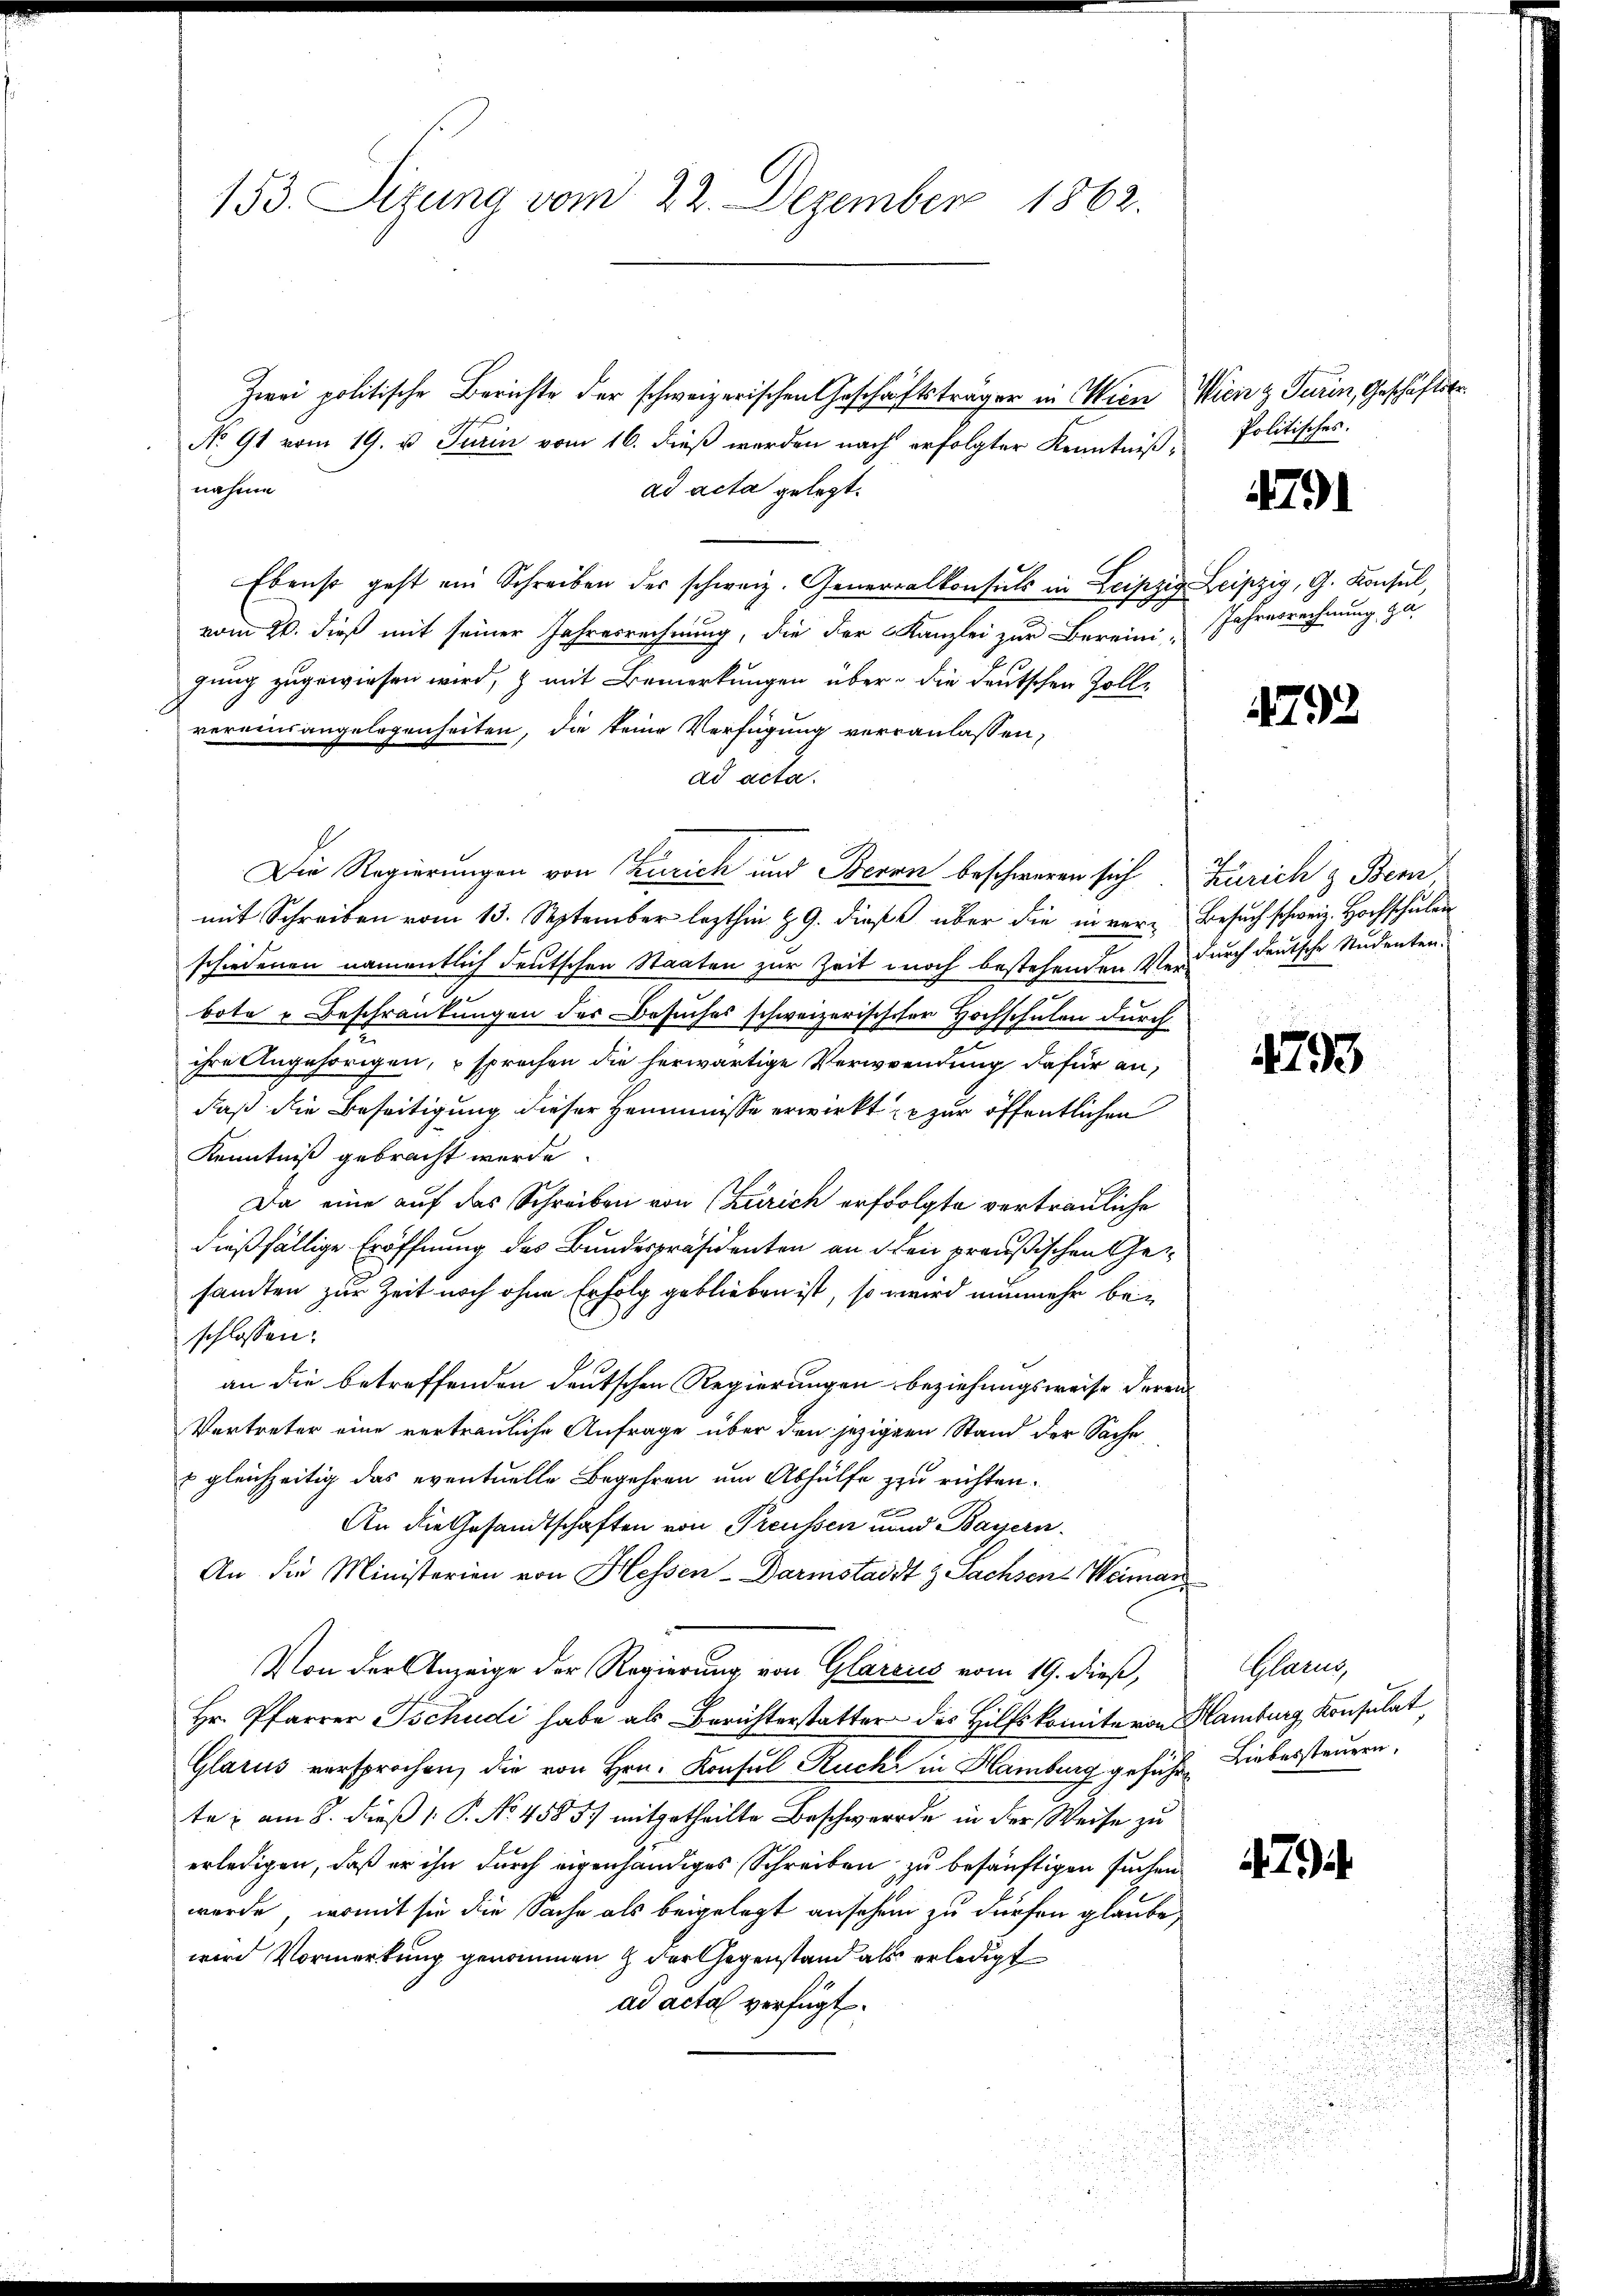
Zwei politische Berichte der schweizerischen Geschäftsträger in Wien Wien & Turin, Geschäftstr
No 91 vom 19. ds. Turin vom 16. dieß werden nach erfolgter Kenntnißnahme
ad acta gelegt.
Ebenst geht ein Schreiben der schweiz. Generalkonsuls in Leipzig Leipzig, G. Konsul,
vom 20. dieß mit seiner Jahresrechnung, die der Kanzlei zur Bereini-
gung zugewiesen wird, & mit Bemerkungen über die deutschen Zolle
vereinsangelegenheiten, die keine Verfügung verranlassen,
ad acta.
Die Regierungen von Zürich und Bern beschweren sich Zürich z Bern,
mit Schreiben vom 13. September lezthin 19. dieß über die inver-Besuch schweiz. Hochschulen
schiedenen namentlich deutschen Staaten zur Zeit noch bestehenden Verdurch deutsche Studenten.
bote u Beschränkungen der Besuches schweizerischter Hochschulen durch
ihre Angehörigen, u sprechen die herwärtige Verwendung dafür an,
daß die Beseitigung dieser Hemmnisse erwirkt zur öffentlichen
Kenntniß gebracht werde
Da eine auf das Schreiben von (Zürich erfolgte vertrauliche
dießfällige Eröffnung des Bundespräsidenten an den preußischen Gesandten zur Zeit noch ohne Erfolg geblieben ist, so wird nunmehr beschlossen:
an die betreffenden deutschen Regierungen beziehungsweise deren
Vertreter eine vertrauliche Anfrage über den jezigern Stand der Sache
& gleichzeitig das eventuelle Begehren um Abhülfe zu richten.
An die Gesandtschaften von Preußen und Bayern.
An die Ministerien von Hessen-Darmstadt & Sachsen-Weiman
Von der Anzeige der Regierung von Glarus vom 19. dieß,
Hr. Pfarrer Tschudi habe als Berichterstatter des Hilfskomiteron Hamburg Konsulat,
Glarus versprochen, die von Hrn. Konsul Rucke in Hamburg geführe Liebersteuern,
te; am 8. dieß P. No. 4585. mitgetheilte Beschwerde in der Weise zu
erledigen, daß er ihn durch eigenhändiges Schreiben zu besänftigen suchen
werde, womit sie die Sache als beigelegt ansehen zu dürfen glaube,
wird Vormerkung genommen & der Gegenstand als erledigt
ad acta verfügt.

153. Sizung vom 22. Dezember 1862.

Politisches.

479

Jahresrechnung, Ja.

1792

793

Glarus